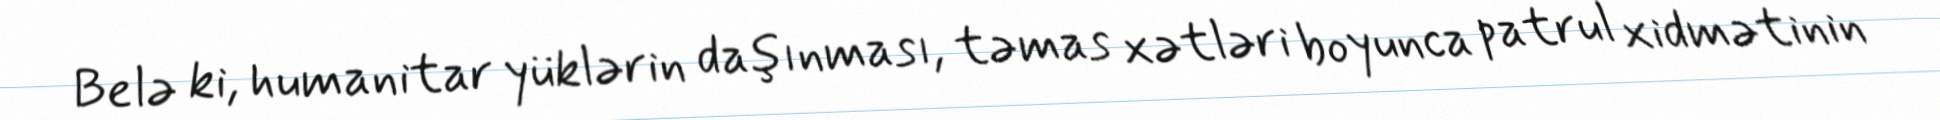
Belə ki, humanitar yüklərin daşınması, təmas xətləri boyunca patrul xidmətinin